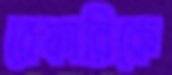
রেফারিকে